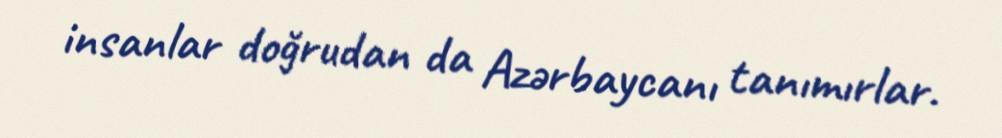
insanlar doğrudan da Azərbaycanı tanımırlar.